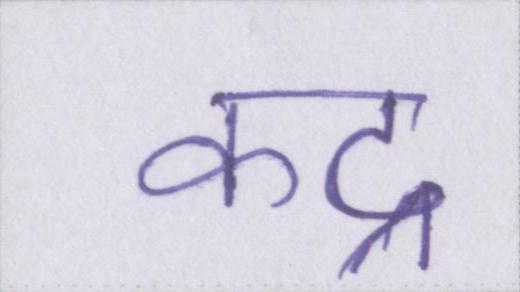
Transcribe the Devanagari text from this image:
कद्र